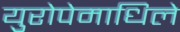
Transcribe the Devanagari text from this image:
युरोपेमाधिले